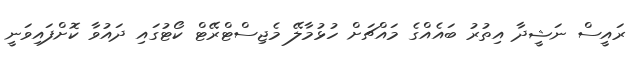
ރައީސް ނަޝީދާ އިތުރު ބައެއްގެ މައްޗަށް ހުޅުމާލޭ މެޖިސްޓްރޭޓް ކޯޓުގައި ދައުވާ ކޮށްފައިވަނީ